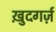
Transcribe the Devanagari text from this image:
ख़ुदगर्ज़